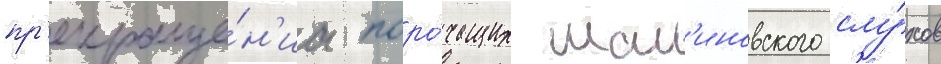
пр'екраще́н'иа поро́чащих мал'иновского слу́хов